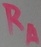
Text: RA